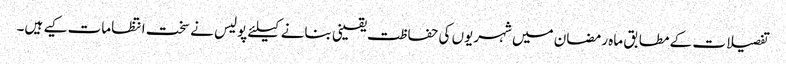
تفصیلات کے مطابق ماہ رمضان میں شہریوں کی حفاظت یقینی بنانے کیلئے پولیس نے سخت انتظامات کیے ہیں۔